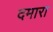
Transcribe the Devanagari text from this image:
दमारा